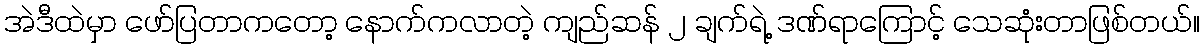
အဲဒီထဲမှာ ဖော်ပြတာကတော့ နောက်ကလာတဲ့ ကျည်ဆန် ၂ ချက်ရဲ့ ဒဏ်ရာကြောင့် သေဆုံးတာဖြစ်တယ်။